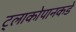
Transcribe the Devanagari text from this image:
ट्लाकोपानकडे